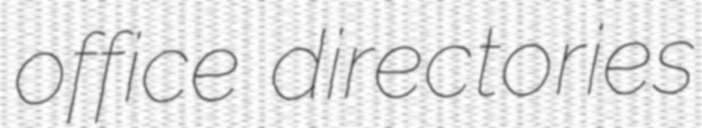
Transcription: office directories